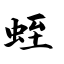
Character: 蛭